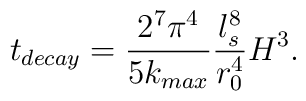
t_{decay}=\frac{2^7 \pi^4}{5k_{max}}\frac{l_s^8}{r_0^4}H^3.